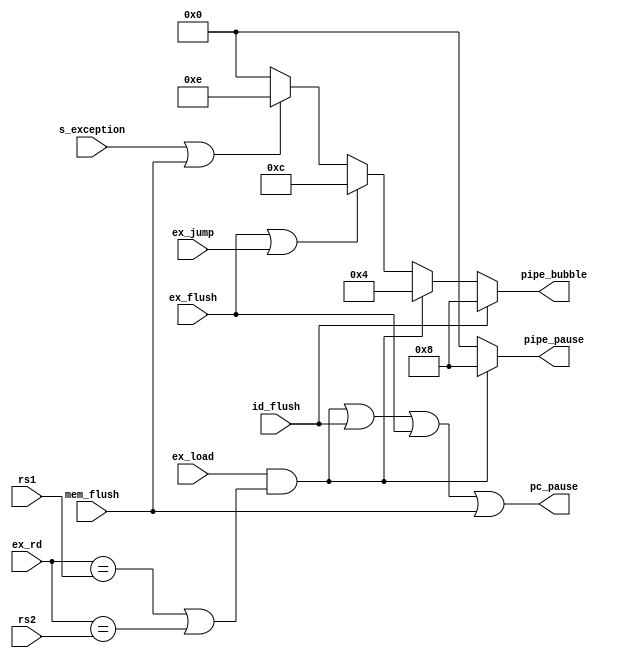

module hazard(
    input ex_jump,
    input ex_load,
    input id_flush,
    input ex_flush,
    input mem_flush,
    input s_exception,
    input [4:0] ex_rd,
    input [4:0] rs1,
    input [4:0] rs2,
    output pc_pause,
    output [3:0] pipe_pause,
    output [3:0] pipe_bubble
);
    localparam PIPE_ID = 4'b1000;
    localparam PIPE_EX = 4'b0100;
    localparam PIPE_MEM = 4'b0010;

    wire load_hazard = ex_load && ((ex_rd == rs1) || (ex_rd == rs2));

    assign pc_pause = load_hazard || id_flush || ex_flush || mem_flush;
    assign pipe_pause = load_hazard ? PIPE_ID : 0;
    assign pipe_bubble = id_flush ? PIPE_ID :
                        load_hazard ? PIPE_EX :
                        (ex_flush || ex_jump) ? (PIPE_ID | PIPE_EX) :
                        (s_exception || mem_flush) ? (PIPE_ID | PIPE_EX | PIPE_MEM) : 0;
endmodule